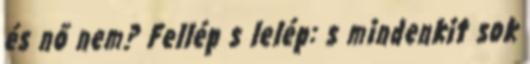
és nő nem? Fellép s lelép: s mindenkit sok